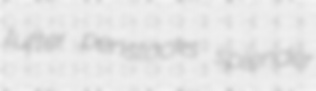
tufter penstocks splender